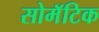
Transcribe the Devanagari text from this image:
सोमॅटिक